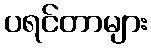
ပရင်တာများ